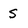
Character: S